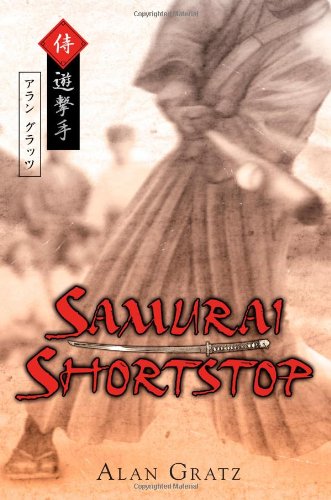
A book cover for Samurai Shortstop; Alan M. Gratz; Teen & Young Adult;